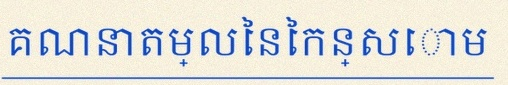
គណនាតម្លៃនៃកន្សោម